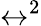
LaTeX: \leftrightarrow^{2}